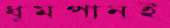
ধূমপানই